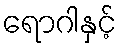
ရောဂါနှင့်